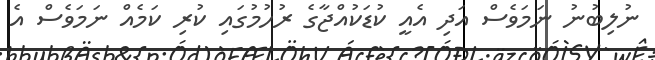
ނުލިބުނު ނަމަވެސް އަދި އެއީ ކުޑަކުއްޖާގެ ރުހުމުގައި ކުރި ކަމެއް ނަމަވެސް އެ